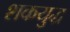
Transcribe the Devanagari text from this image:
शकयुद्ध